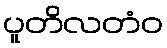
ပူတိလတံဝ